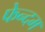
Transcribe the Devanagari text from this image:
फेन्दम